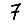
Digit: 7